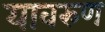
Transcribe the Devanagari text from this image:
यावरुण